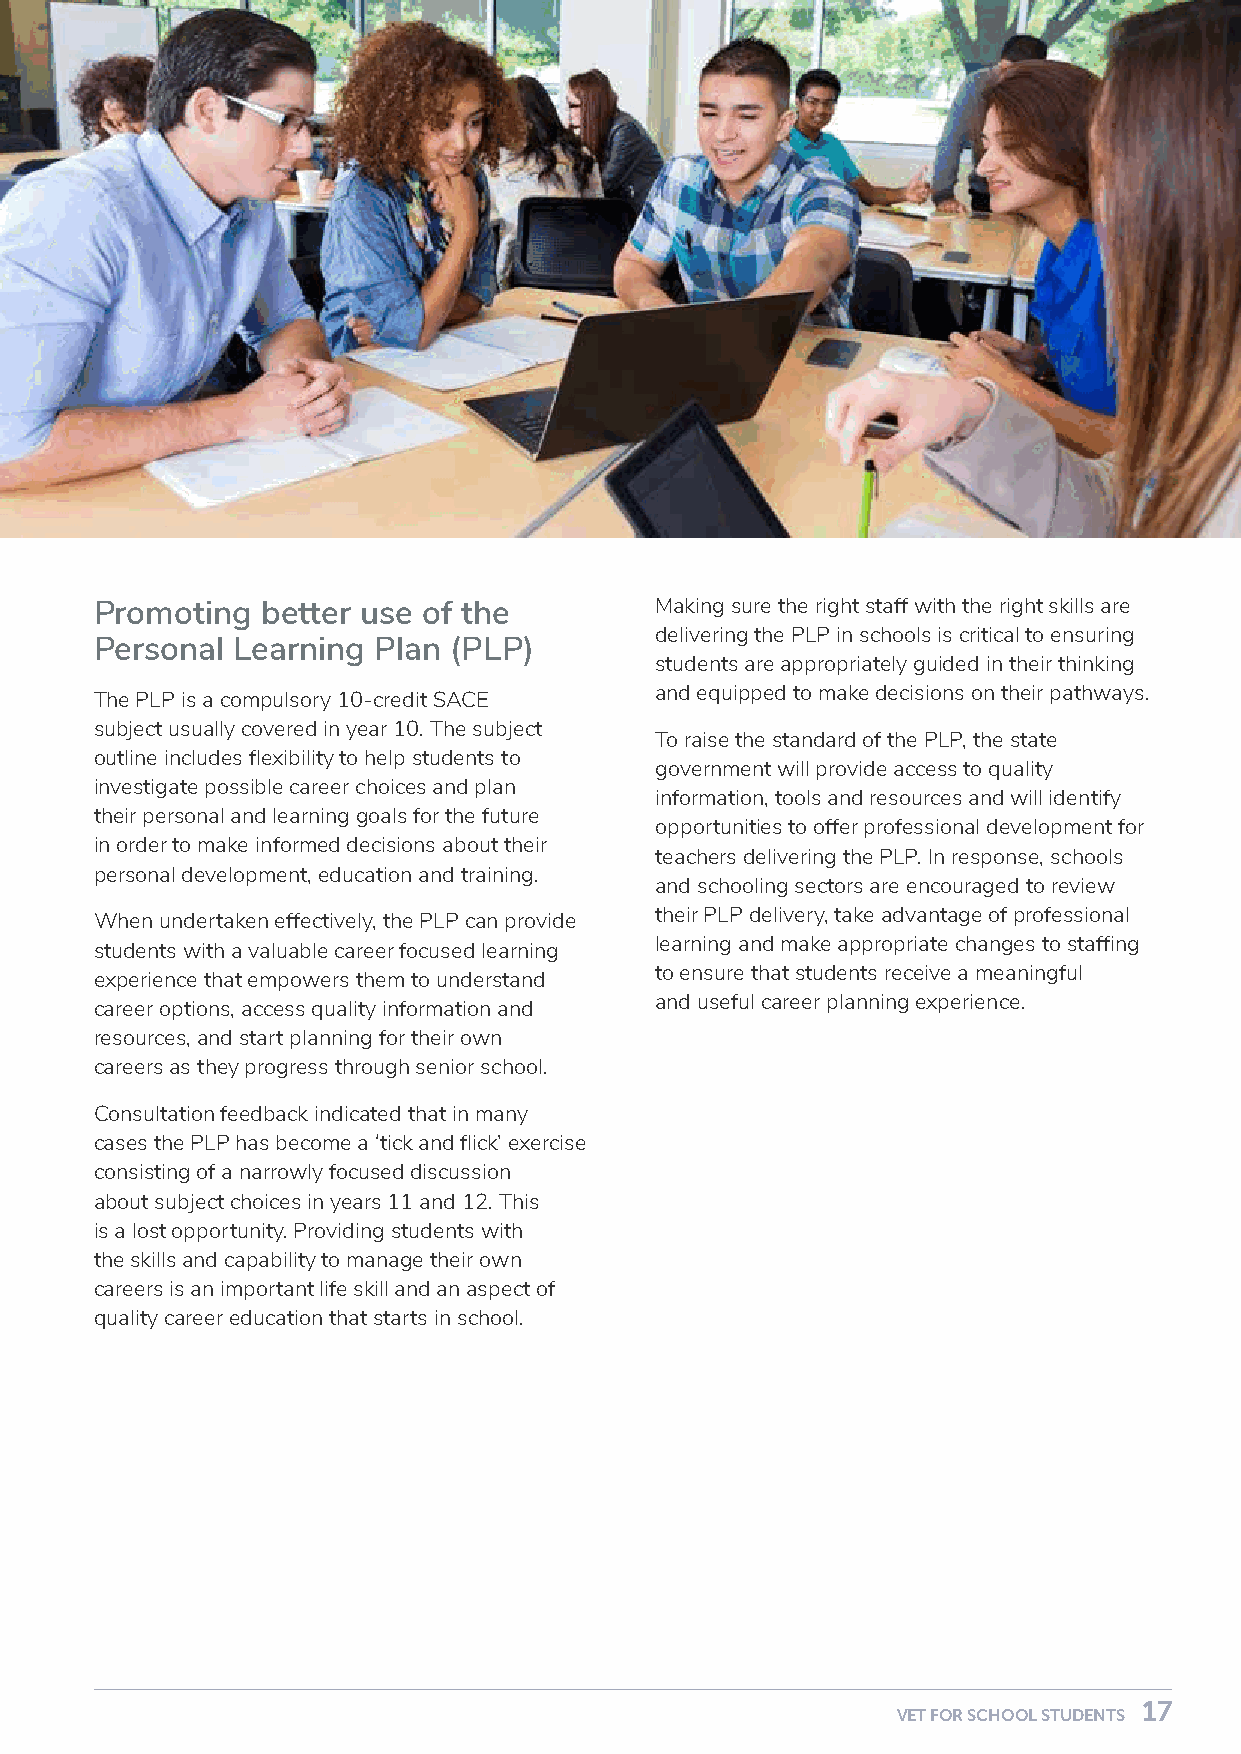
Promoting  better use of the         Making sure the right staff with the right skills are
 delivering the PLP in schools is critical to ensuring
 Personal Learning  Plan (PLP)
 students are appropriately guided in their thinking
 and equipped to make decisions on their pathways.
 The PLP is a compulsory 10-credit SACE
 subject usually covered in year 10. The subject
 To raise the standard of the PLP, the state
 outline includes flexibility to help students to
 government will provide access to quality
 investigate possible career choices and plan
 information, tools and resources and will identify
 their personal and learning goals for the future
 opportunities to offer professional development for
 in order to make informed decisions about their
 teachers delivering the PLP. In response, schools
 personal development, education and training.
 and schooling sectors are encouraged to review
 their PLP delivery, take advantage of professional
 When undertaken effectively, the PLP can provide
 learning and make appropriate changes to staffing
 students with a valuable career focused learning
 to ensure that students receive a meaningful
 experience that empowers them to understand
 and useful career planning experience.
 career options, access quality information and
 resources, and start planning for their own
 careers as they progress through senior school.
 Consultation feedback indicated that in many
 cases the PLP has become a ‘tick and flick’ exercise
 consisting of a narrowly focused discussion
 about subject choices in years 11 and 12. This
 is a lost opportunity. Providing students with
 the skills and capability to manage their own
 careers is an important life skill and an aspect of
 quality career education that starts in school.
 16                                                                          17
 VET FOR SCHOOL STUDENTS                                    VET FOR SCHOOL STUDENTS